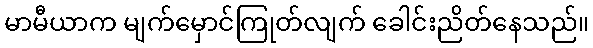
မာမီယာက မျက်မှောင်ကြုတ်လျက် ခေါင်းညိတ်နေသည်။